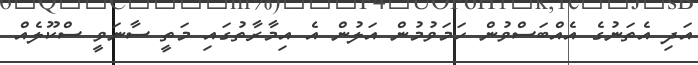
އަދި އެތަނުގެ އެއްބަސްވުން ހަމަވުމުން އަލުން އެ އިމާރާތުގައި މަތީ ސާނަވީ ސްކޫލެއް